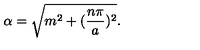
\alpha = \sqrt { m ^ { 2 } + ( \frac { n \pi } { a } ) ^ { 2 } } .